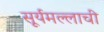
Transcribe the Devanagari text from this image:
सूर्यमल्लाची